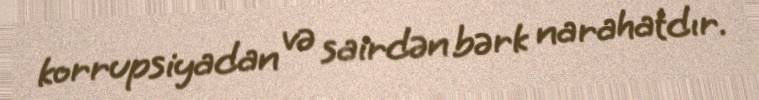
korrupsiyadan və sairdən bərk narahatdır.